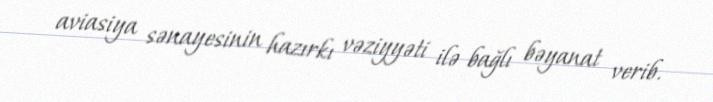
aviasiya sənayesinin hazırkı vəziyyəti ilə bağlı bəyanat verib.